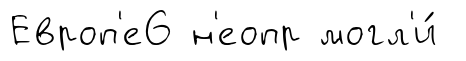
Европ'е6 н'еопр могл'и́